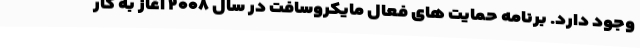
وجود دارد. برنامه حمایت های فعال مایکروسافت در سال ۲۰۰۸ آغاز به کار